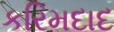
કરિમદાદ